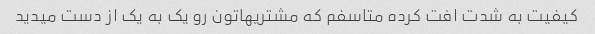
کیفیت به شدت افت کرده متاسفم که مشتریهاتون رو یک به یک از دست میدید